Report on vaccination in Madras 1895-1903 - 1895-1903
Year: 1895
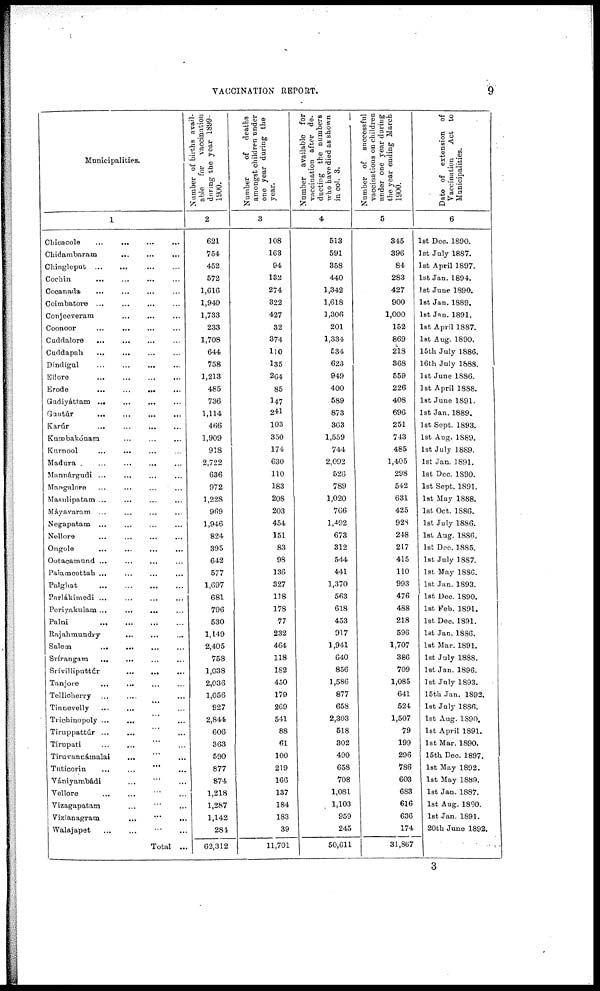
VACCINATION REPORT.
9
Municipalities.
1
Chicacole
...
...
...
...
Chidambaram ... ... ...
Chingleput
...
...
...
...
Cochin
... ... ... ...
Cocanada
... ... ... ...
Coimbatore ...
...
...
...
Conjeeveram
...
...
...
Coonoor
...
... ... ...
Cuddalore
...
...
...
...
Cuddapah
...
...
...
...
Dindigul
...
...
... ...
Ellore
...
...
...
...
Erode
...
...
...
...
Gudiyáttam
...
...
...
...
Guntúr
...
...
...
...
Karúr
...
...
...
...
Kumbakónam ... ... ...
Kurnool ... ... ... ...
Madura
...
...
... ...
Mannárgudi ... ... ... ...
Mangalore ... ... ... ...
Masulipatam ... ... ... ...
Máyavaram ... ... ... ...
Negapatam ... ... ... ...
Nellore
...
...
...
...
Ongole ... ... ... ...
Ootacamund ... ... ... ...
Palamcottah ... ... ... ...
Palghat
...
...
...
...
Parlákimedi ...
...
...
...
Periyakulam ... ... ... ...
Palni
...
...
...
...
Rajahmundry ... ... ...
Salem
...
... ... ...
Srírangam
...
... ... ...
Srívilliputtúr
...
...
...
Tanjore
...
... ... ...
Tellicherry ... ... ... ...
Tinnevelly
...
... ... ...
Trichinopoly ...
... ... ...
Tiruppattúr ...
... ... ...
Tirupati ... ... ... ...
Tiruvannámalai ... ... ...
Tuticorin
...
...
...
...
Vániyambádi ... ... ...
Vellore
... ... ... ...
Vizagapatam ... ... ...
Vizianagram
...
...
...
Walajapet ... ... ... ...
Total ...
Number of births avail-
able for vaccination
during the year 1899-
1900.
2
621
754
452
572
1,616
1,940
1,733
233
1,708
644
758
1,213
485
736
1,114
466
1,909
918
2,722
636
972
1,228
969
1,946
824
395
642
577
1,697
681
796
530
1,149
2,405
758
1,038
2,036
1,056
927
2,844
606
363
590
877
874
1,218
1,287
1,142
284
62,312
Number of
deaths
amongst children under
one year during the
year.
3
108
163
94
132
274
322
427
32
374
110
135
264
85
147
241
103
350
174
630
110
183
208
203
454
151
83
98
136
327
118
178
77
232
464
118
182
450
179
269
541
88
61
100
219
166
137
184
183
39
11,701
Number available for
vaccination after de-
ducting the numbers
who have died as shown
in col. 3.
4
513
591
358
440
1,342
1,618
1,306
201
1,334
534
623
949
400
589
873
363
1,559
744
2,092
526
789
1,020
766
1,492
673
312
544
441
1,370
563
618
453
917
1,941
640
856
1,586
877
658
2,303
518
302
490
658
708
1,081
1,103
959
245
50,611
Number of
successful
vaccinations on children
under one year during
the year ending March
1900.
5
345
396
84
283
427
900
1,000
152
869
218
368
559
226
408
696
251
743
485
1,405
298
542
631
425
928
248
217
415
110
993
476
488
218
596
1,707
386
709
1,085
641
524
1,507
79
199
296
786
603
683
616
636
174
31,867
Date of extension of
Vaccination
Act to
Municipalities.
6
1st Dec. 1890.
1st July 1887.
1st April 1897.
1st Jan. 1894.
1st June 1890.
1st Jan. 1889.
1st Jan. 1891.
1st April 1887.
1st Aug. 1890.
15th July 1886.
16th July 1888.
1st June 1886.
1st April 1888.
1st June 1891.
1st Jan.1889.
1st Sept. 1893.
1st Aug. 1889.
1st July 1889.
1st Jan. 1891.
1st Dec. 1890.
1st Sept. 1891.
1st May 1888.
1st Oct. 1886.
1st July 1886.
1st Aug. 1886.
1st Dec. 1885.
1st July 1887.
1st May 1886.
1st Jan. 1893.
1st Dec. 1890.
1st Feb. 1891.
1st Dec. 1891.
1st Jan. 1886.
1st Mar. 1891.
1st July 1888.
1st Jan. 1896.
1st July 1893.
15th Jan. 1892.
1st July 1886.
1st Aug. 1890.
1st April 1891.
1st Mar. 1890.
15th Dec. 1897.
1st May 1892.
1st May 1889.
1st Jan. 1887.
1st Aug. 1890.
1st Jan. 1891.
20th June 1892.
3